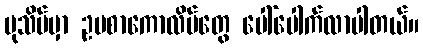
ပုသိမ်မှာ ဥပစာကောလိပ်တွေ ပေါ်ပေါက်လာပါတယ်။